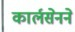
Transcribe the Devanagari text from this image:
कार्लसेनने